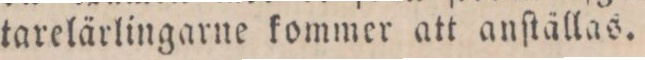
tarelärlingarne kommer att anſtällas.